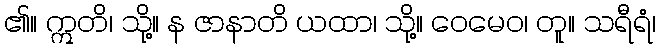
၏။ ဣတိ၊ သို့။ န ဇာနာတိ ယထာ၊ သို့။ ဝေမေဝ၊ တူ။ သရီရံ၊